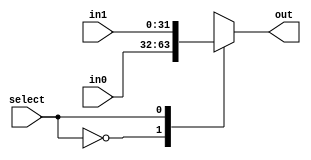
module Mmux2 (out, in0, in1, select);
parameter bits = 32;	
output [bits-1:0] out;
input [bits-1:0] in0, in1;
input select;
	reg [bits-1:0] out;
	always @ (select or in0 or in1)
	case (select)	
		0: out = in0;
		1: out = in1;
		default: out = 65'bx ;
	endcase
endmodule